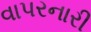
વાપરનારી